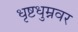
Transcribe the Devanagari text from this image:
धृष्टधुम्नवर